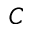
C